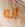
انه